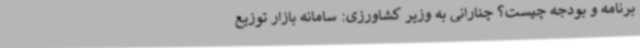
برنامه و بودجه چیست؟ چنارانی به وزیر کشاورزی: سامانه بازار توزیع